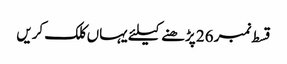
قسط نمبر 26 پڑھنے کیلئے یہاں کلک کریں